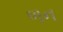
ળન